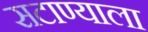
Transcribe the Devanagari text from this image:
सटाण्याला